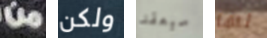
من ولكن سيعقد لها